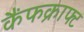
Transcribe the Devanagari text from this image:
कैंफक्राफ्ट